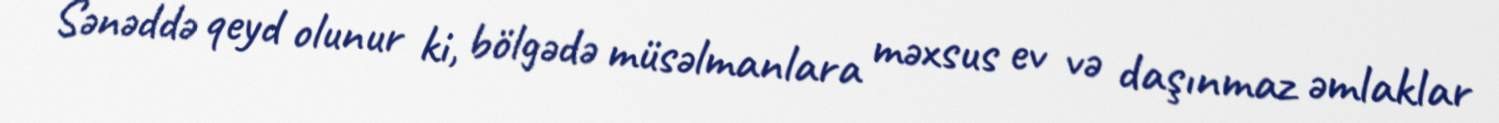
Sənəddə qeyd olunur ki, bölgədə müsəlmanlara məxsus ev və daşınmaz əmlaklar